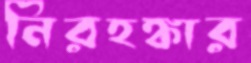
নিরহঙ্কার